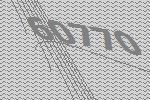
60770